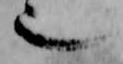
也